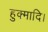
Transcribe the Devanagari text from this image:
हुक्मादि।